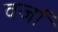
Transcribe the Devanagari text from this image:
वर्जा